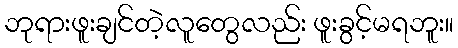
ဘုရားဖူးချင်တဲ့လူတွေလည်း ဖူးခွင့်မရဘူး။